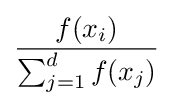
{\frac {f(x_{i})}{\sum _{j=1}^{d}f(x_{j})}}